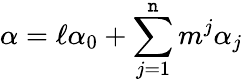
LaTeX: \alpha=\ell\alpha_{0}+\sum_{j=1}^{\mathtt{n}}m^{j}\alpha_{j}